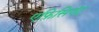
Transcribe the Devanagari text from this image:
एफ़िसिएंट